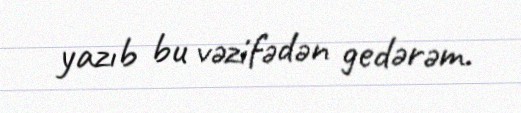
yazıb bu vəzifədən gedərəm.